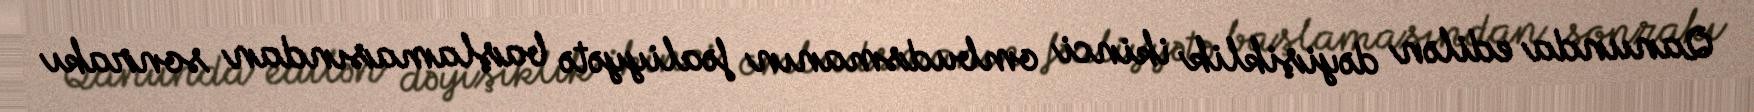
Qanunda edilən dəyişiklik ikinci ombudsmanın fəaliyyətə başlamasından sonrakı